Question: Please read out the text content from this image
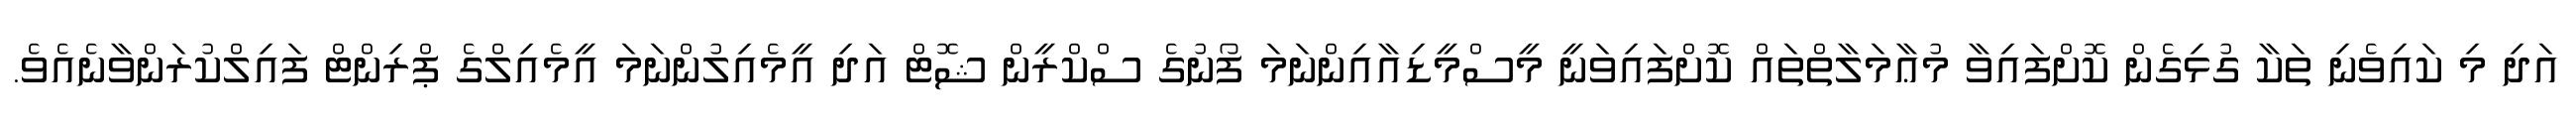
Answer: އަދި މި ކައިވެނި ތަކާ ގުޅިގެން ކޮށްފައިވާ މުޢާމަލާތްތައް ކޮށްފައިވަނީ މީސްމީޑިއާއިންނަމަ ފޯނުގެ ސްކްރީން ޝޮޓް އަދި އީމެއިލުންނަމަ އީމެއިލްގެ ޕްރިންޓް ފައިލްކުރަންވާނެއެވެ.